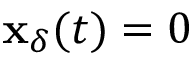
\mathbf { x } _ { \delta } ( t ) = 0